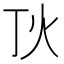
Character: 𤆉